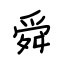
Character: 舜